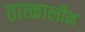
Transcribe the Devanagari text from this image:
तात्‍कालीन